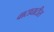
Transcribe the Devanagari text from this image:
वाटाघाटीस